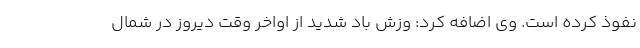
نفوذ کرده است. وی اضافه کرد: وزش باد شدید از اواخر وقت دیروز در شمال